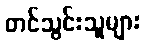
တင်သွင်းသူများ